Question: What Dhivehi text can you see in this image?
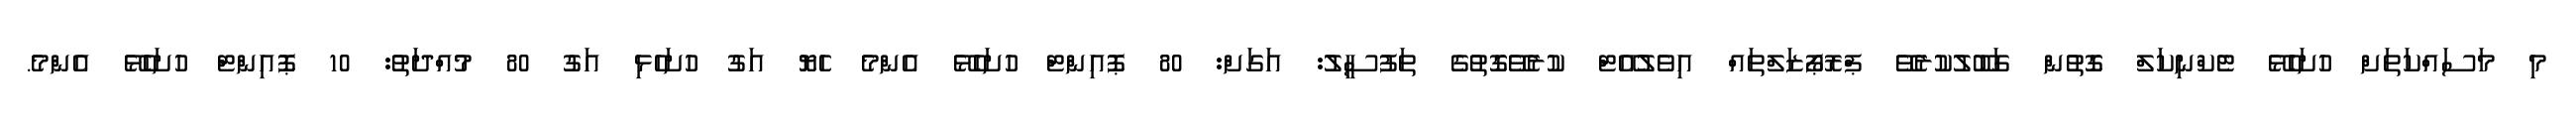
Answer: މި މަސައްކަތަށް ހުށަހެޅޭ ޓެކްނިކަލް ގޮތުން ގަބޫލުކުރެވޭ ޕްރޮޕޯޒަލްތައް އިވެލުއޭޓް ކުރެވޭގޮތުގެ ތަފުސީލު: އަގަށް: 80 ޕޮއިންޓް ހުށަހެޅޭ އެންމެ ހެޔޮ އަގު ހުށަހެޅި އަގު 80 މުއްދަތު: 10 ޕޮއިންޓް ހުށަހެޅޭ އެންމެ.